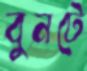
বুনটে